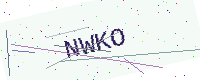
Text: NWKO